Indian journal of veterinary science and animal husbandry - Volume 10,
Year: 1940
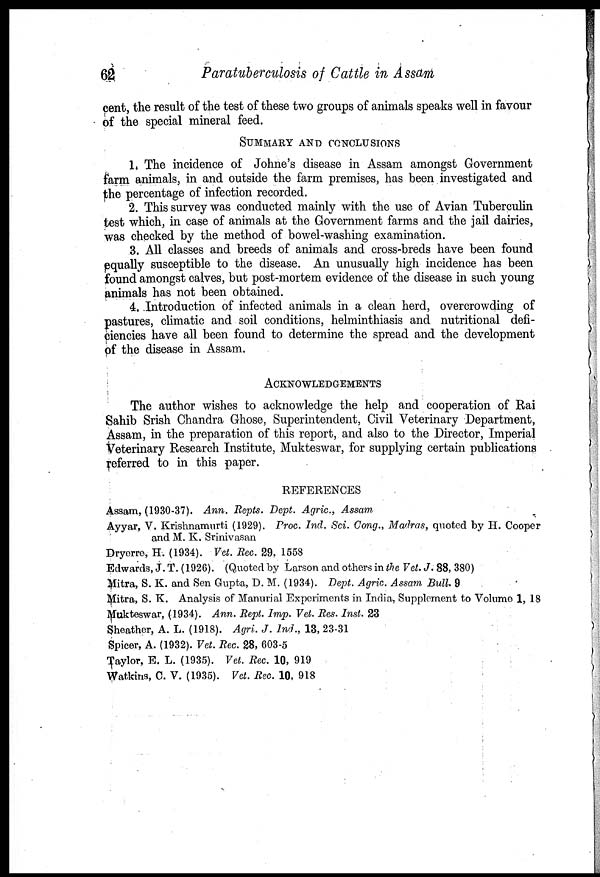
62
Paratuberculosis of Cattle in Assam
cent, the result of the test of these two groups of animals speaks well in favour
of the special mineral feed.
SUMMARY AND CONCLUSIONS
1. The incidence of Johne's disease in Assam amongst Government
farm animals, in and outside the farm premises, has been investigated and
the percentage of infection recorded.
2. This survey was conducted mainly with the use of Avian Tuberculin
test which, in case of animals at the Government farms and the jail dairies,
was checked by the method of bowel-washing examination.
3. All classes and breeds of animals and cross-breds have been found
equally susceptible to the disease. An unusually high incidence has been
found amongst calves, but post-mortem evidence of the disease in such young
animals has not been obtained.
4. Introduction of infected animals in a clean herd, overcrowding of
pastures, climatic and soil conditions, helminthiasis and nutritional defi-
ciencies have all been found to determine the spread and the development
of the disease in Assam.
ACKNOWLEDGEMENTS
The author wishes to acknowledge the help and cooperation of Rai
Sahib Srish Chandra Ghose, Superintendent, Civil Veterinary Department,
Assam, in the preparation of this report, and also to the Director, Imperial
Veterinary Research Institute, Mukteswar, for supplying certain publications
referred to in this paper.
REFERENCES
Assam, (1930-37). Ann. Repts. Dept. Agric., Assam.
Ayyar, V. Krishnamurti (1929). Proc. Ind. Sci. Cong., Madras, quoted by H. Cooper
and M. K. Srinivasan
Dryerre, H. (1934). Vet. Rec. 29, 1558
Edwards, J. T. (1926). (Quoted by Larson and others in the Vet. J. 88, 380)
Mitra, S. K. and Sen Gupta, D. M. (1934). Dept. Agric. Assam Bull. 9
Mitra, S. K. Analysis of Manurial Experiments in India, Supplement to Volume 1, 18
Mukteswar, (1934). Ann. Rept. Imp. Vet. Res. Inst. 23
Sheather, A. L. (1918). Agri. J. Ind., 13, 23-31
Spicer, A. (1932). Vet. Rec. 28, 603-5
Taylor, E. L. (1935). Vet. Rec. 10, 919
Watkins, C. V. (1935). Vet. Rec. 10, 918